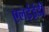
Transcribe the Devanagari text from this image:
एलईईडी